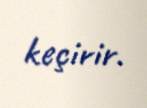
keçirir.